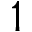
1